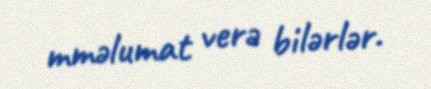
mməlumat verə bilərlər.